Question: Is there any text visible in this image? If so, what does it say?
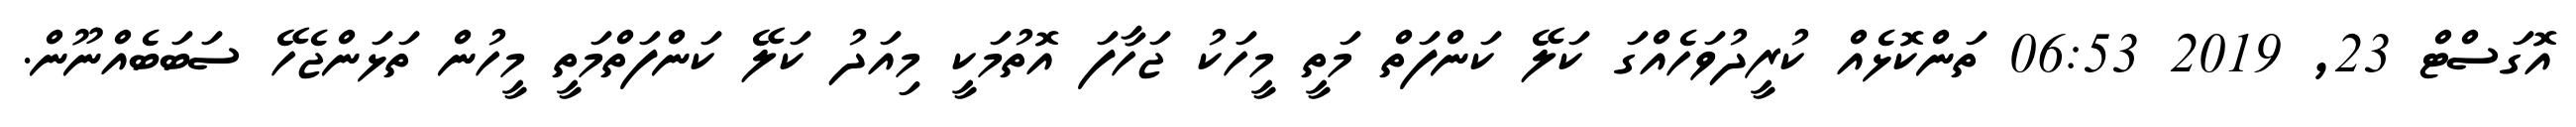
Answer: އޮގަސްޓް 23, 2019 06:53 ތަންކޮޅެއް ކުރީދުވަހެއްގަ ކަލޭ ކަންފަތް މަތީ މީހަކު ޖަހާފަ އޮތުމަކީ މިއަދު ކަލޭ ކަންފަތްމަތީ މީހުން ތަޅަންޖެހޭ ސަބަބެއްނޫން.